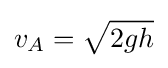
v_{A}={\sqrt {2gh}}